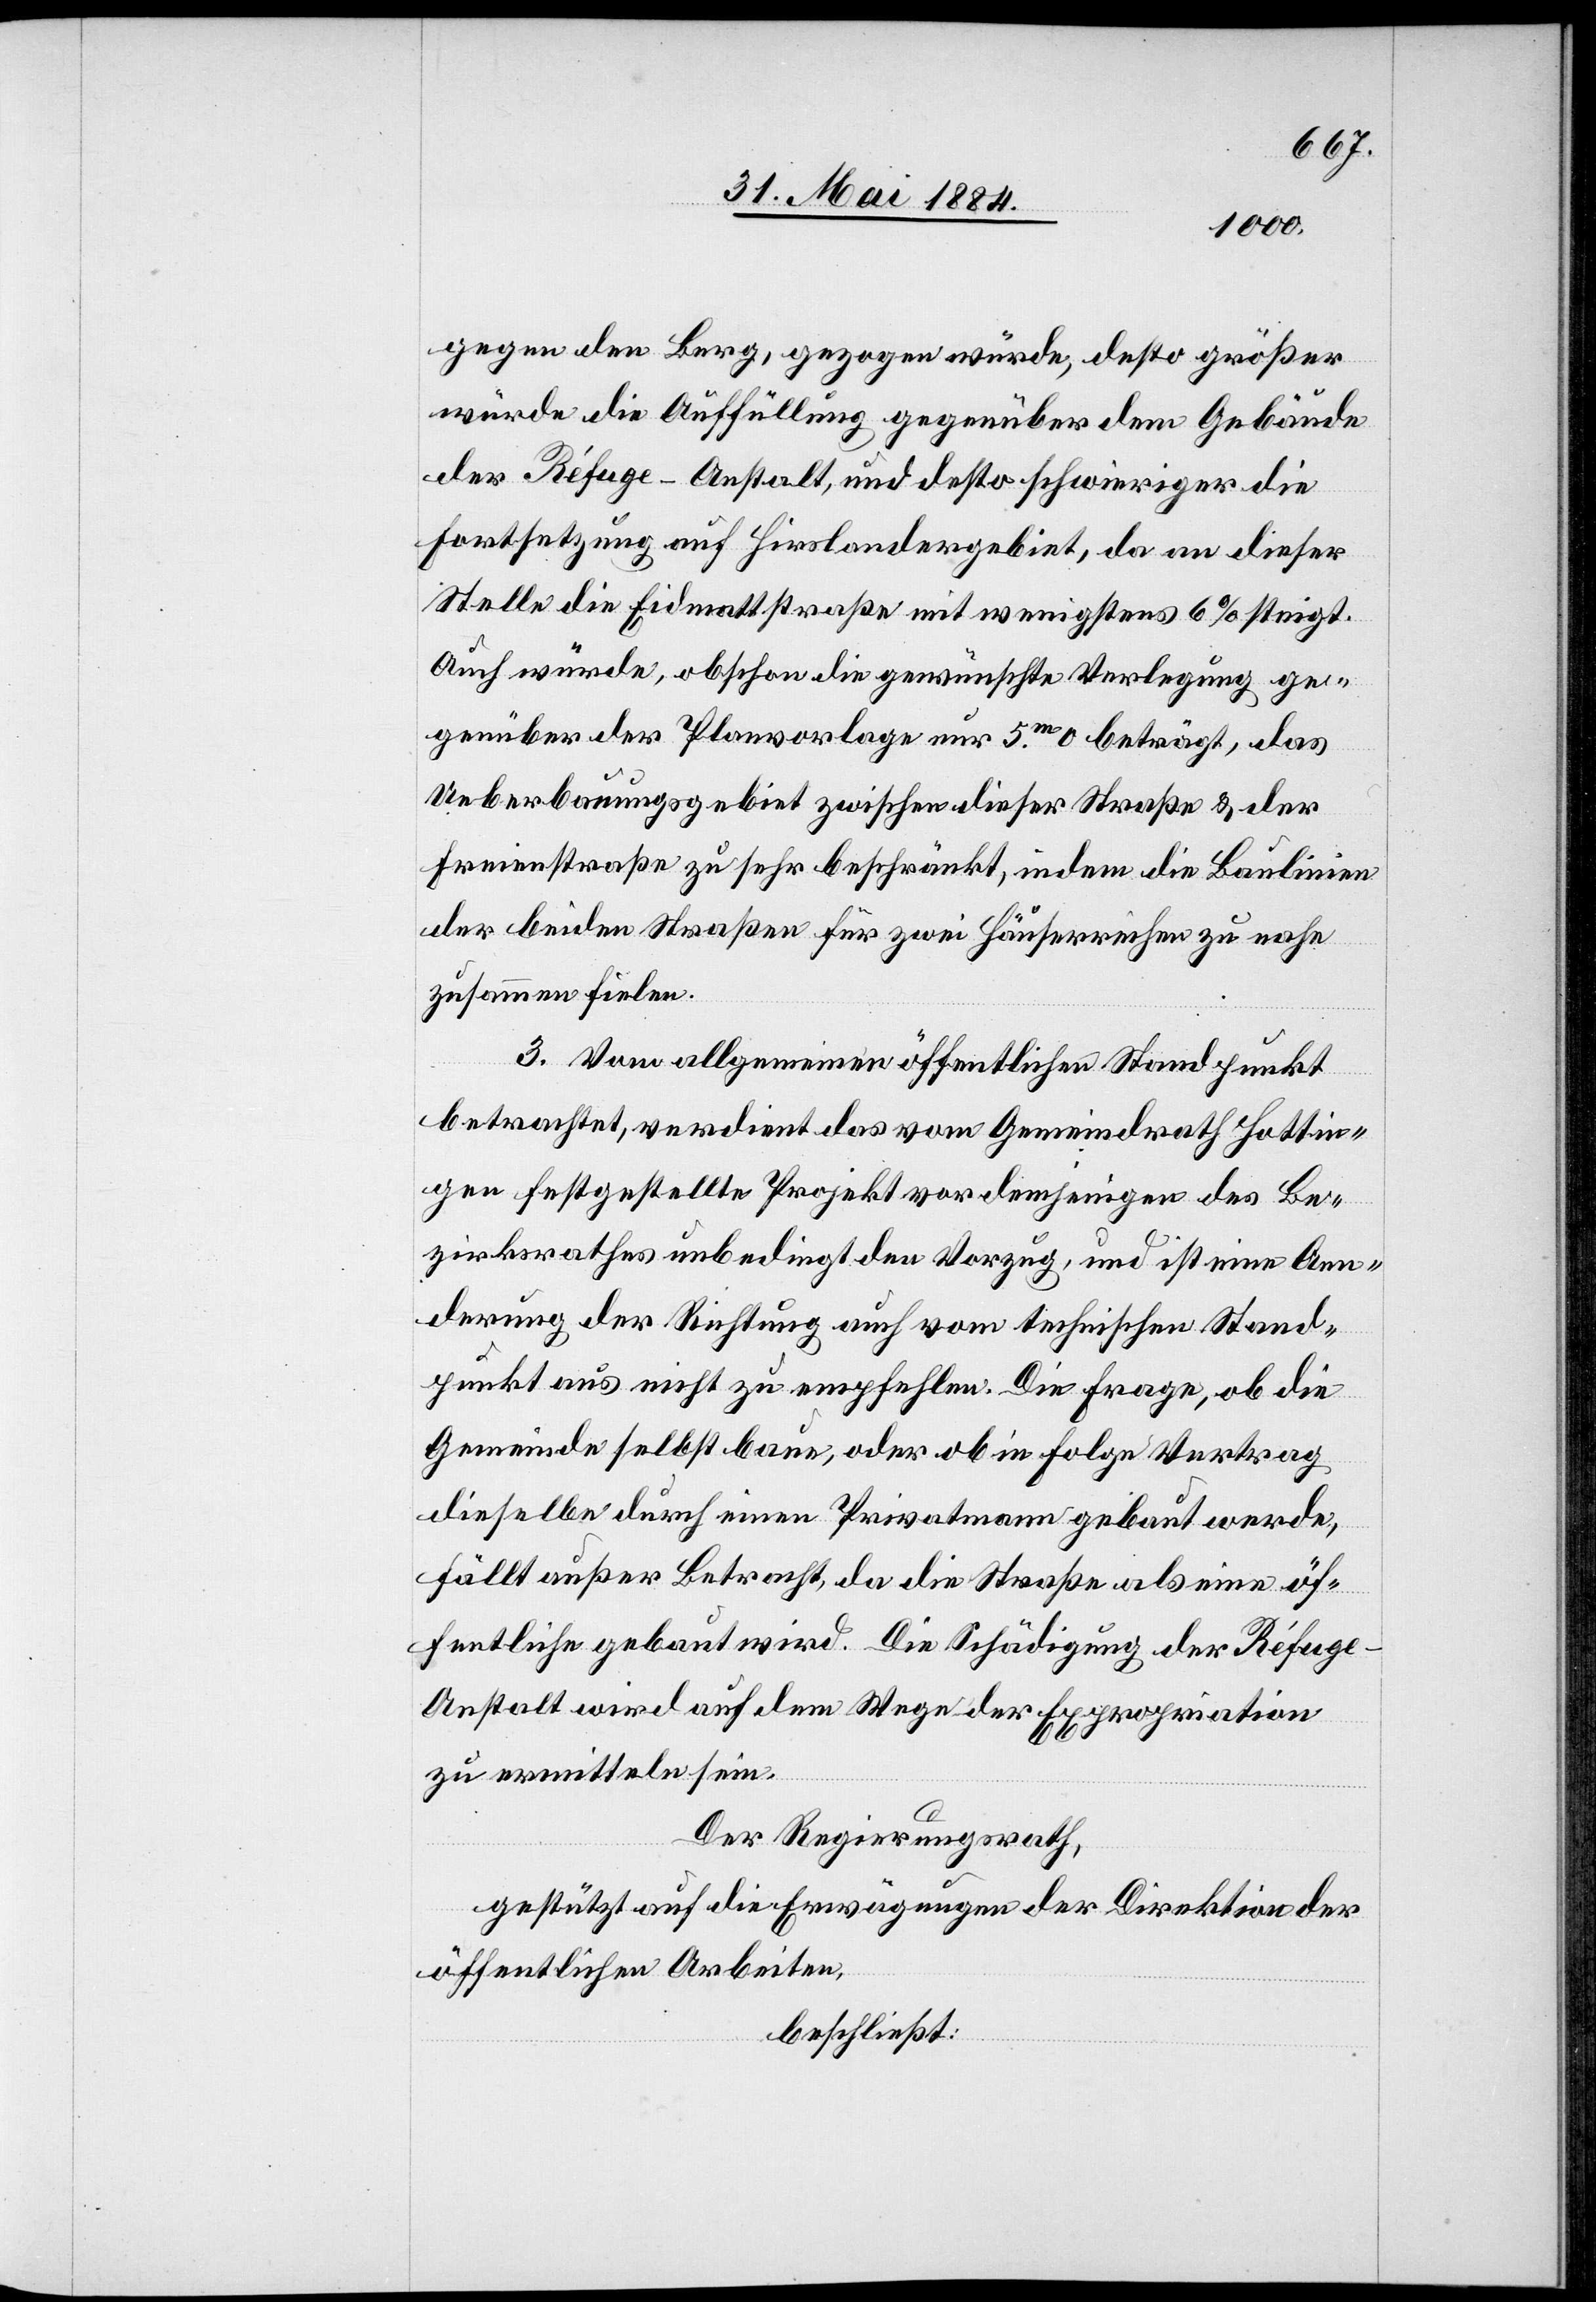
gegen den Berg, gezogen würde, desto größer
würde die Auffüllung gegenüber dem Gebäude
der Réfuge-Anstalt, und desto schwieriger die
Forstsetzung auf Hirslandergebiet, da an dieser
Stelle die Eidmattstraße mit wenigsten 6% steigt.
Auch würde, obschon die gewünschte Verlegung ge¬
genüber der Planvorlage nur 5.m0 beträgt, das
Ueberbauungsgebiet zwischen dieser Straße & der
Freienstraße zu sehr beschränkt, indem die Baulinien
der beiden Straßen für zwei Häuserreichen zu nahe
zusammen finden.
3. Von allgemeinen öffentlichen Standpunkt
betrachtet, verdient das vom Gemeindrath Hottin¬
gen festgestellte Projekt vor demjenigen des Be¬
zirksrathes unbedingt den Vorzug, und ist eine Aen¬
derung der Richtung auch vom technischen Stand¬
punkt aus nicht zu empfehlen. Die Frage, ob die
Gemeinde selbst baue, oder ob in Folge Vertrag
dieselbe durch einen Privatmann bebaut werde,
fällt außer Betracht, da die Straße als eine öf¬
fentliche gebaut wird. Die Schädigung der Réfug¬
e-Anstalt wird auf dem Wege der Expropriation
zu ermitteln sein.
Der Regierungsrath,
gestützt auf die Erwägungen der Direktion der
öffentlichen Arbeiten,
beschließt: